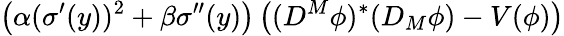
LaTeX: \left(\alpha(\sigma^{\prime}(y))^{2}+\beta\sigma^{\prime\prime}(y)\right)\left((D^{M}\phi)^{\ast}(D_{M}\phi)-V(\phi)\right)